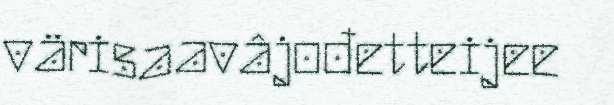
värisaavâjođetteijee